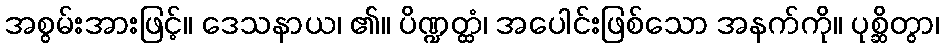
အစွမ်းအားဖြင့်။ ဒေသနာယ၊ ၏။ ပိဏ္ဍတ္ထံ၊ အပေါင်းဖြစ်သော အနက်ကို။ ပုစ္ဆိတွာ၊